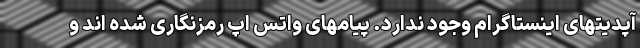
آپدیتهای اینستاگرام وجود ندارد. پیامهای واتس اپ رمزنگاری شده اند و